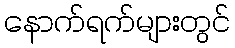
နောက်ရက်များတွင်